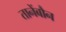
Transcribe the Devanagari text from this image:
तानेंबौन